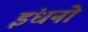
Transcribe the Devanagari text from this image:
इंधनो